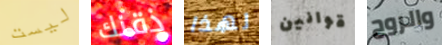
ليست ذقنك لهذا قوانين والروح